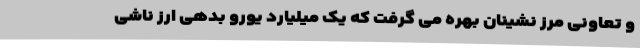
و تعاونی مرز نشینان بهره می گرفت که یک میلیارد یورو بدهی ارز ناشی